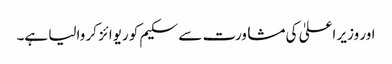
اور وزیر اعلیٰ کی مشاورت سے سکیم کو ریوائز کر والیا ہے۔